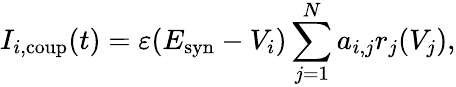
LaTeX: I_{i,\mathrm{coup}}(t)=\varepsilon(E_{\mathrm{syn}}-V_{i})\sum_{j=1}^{N}a_{i,j}r_{j}(V_{j}),